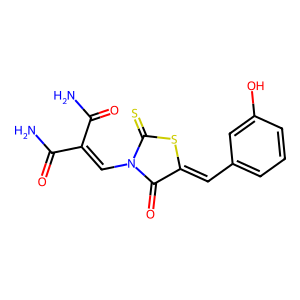
SMILES: NC(=O)C(=CN1C(=O)C(=Cc2cccc(O)c2)SC1=S)C(N)=O
Inhibits HIV replication: No